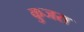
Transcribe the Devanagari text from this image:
कुजरा